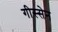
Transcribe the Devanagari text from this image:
गीस्सेन